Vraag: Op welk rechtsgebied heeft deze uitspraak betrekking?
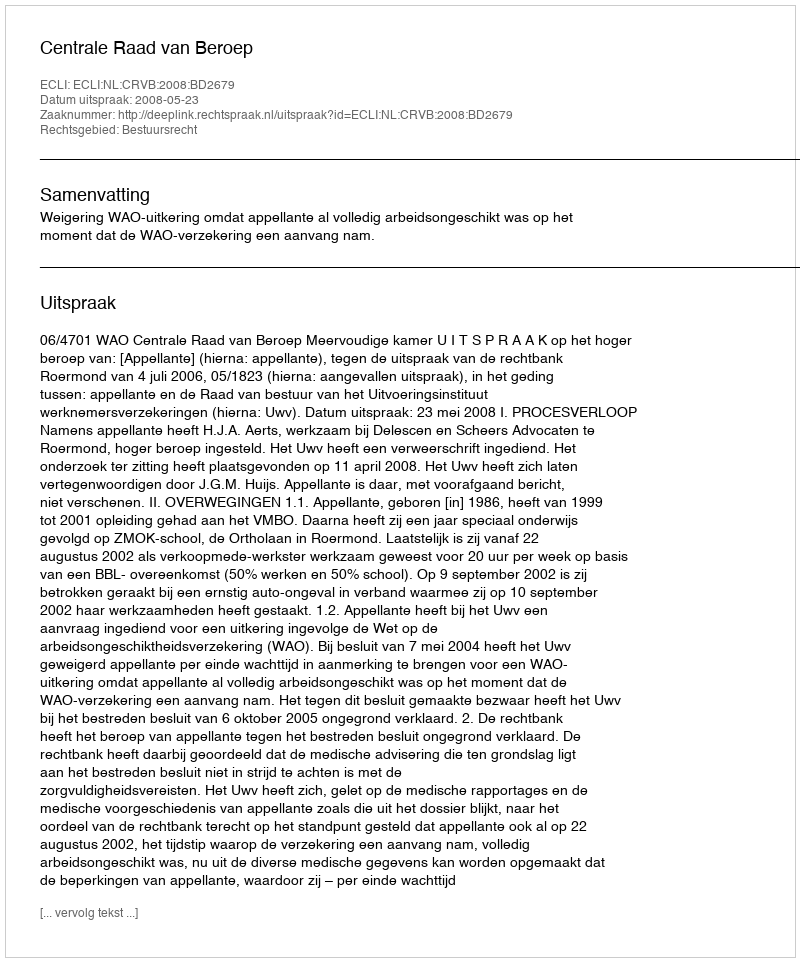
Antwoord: Bestuursrecht